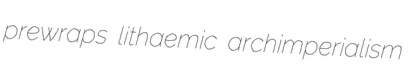
prewraps lithaemic archimperialism